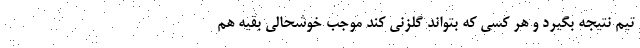
تیم نتیجه بگیرد و هر کسی که بتواند گلزنی کند موجب خوشحالی بقیه هم